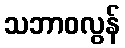
သဘာဝလွန်